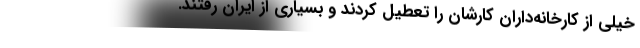
خیلی از کارخانه‌داران کارشان را تعطیل کردند و بسیاری از ایران رفتند.